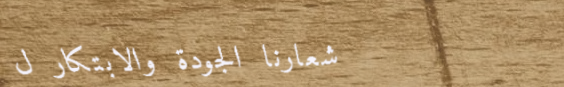
شعارنا الجودة والابتكار ل